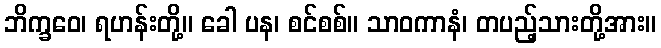
ဘိက္ခဝေ၊ ရဟန်းတို့။ ခေါ ပန၊ စင်စစ်။ သာဝကာနံ၊ တပည့်သားတို့အား။